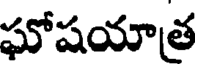
ఘోషయాత